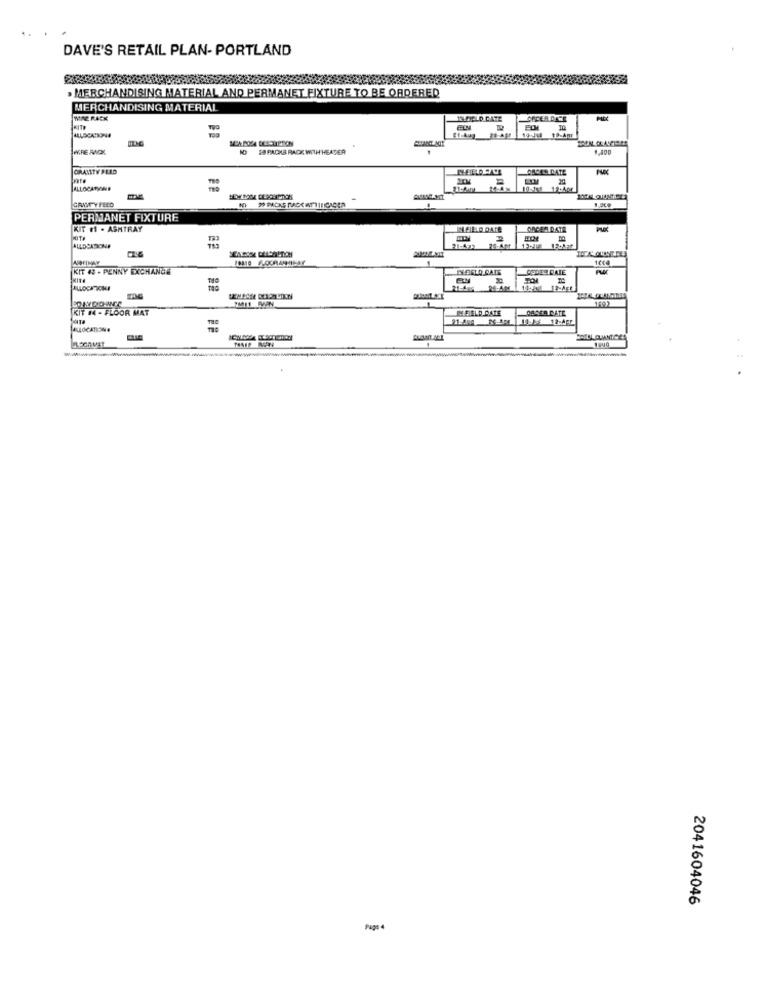
DAVE'S RETAIL PLAN- PORTLAND
MERCHANDISING MATERIAL AND PERMANET FIXTURE TO BE ORDERED
MERCHANDISING MATERIAL
WIRE RACK
LOSCERCARE
KITE
FILM
PM
WIRE MOK
28 PACKB RACK WITH HEATER
Bor'#
GRANTY PLLD
ORDRE DATE
ALLOCATYINE
GAMTYFEED
PERMANET FIXTURE
KIT 11 . ASHTRAY
FELD DATE
ONCER DATE
ALLOCATIONF
21-477
76-AM
KIT 43 . PENNY EXCHANGE
DERLO CATE
CODES DAIE
ALLOCATIONF
RE:AM
1603
KIT 14 - FLOOR MAT
IM FIELD DATE
DOSSA RATE
2041604046
Paga 4